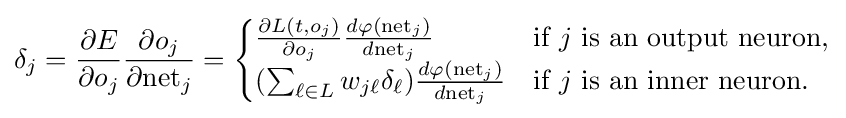
\delta _{j}={\frac {\partial E}{\partial o_{j}}}{\frac {\partial o_{j}}{\partial {\text{net}}_{j}}}={\begin{cases}{\frac {\partial L(t,o_{j})}{\partial o_{j}}}{\frac {d\varphi ({\text{net}}_{j})}{d{\text{net}}_{j}}}&{\text{if }}j{\text{ is an output neuron,}}\\(\sum _{\ell \in L}w_{j\ell }\delta _{\ell }){\frac {d\varphi ({\text{net}}_{j})}{d{\text{net}}_{j}}}&{\text{if }}j{\text{ is an inner neuron.}}\end{cases}}